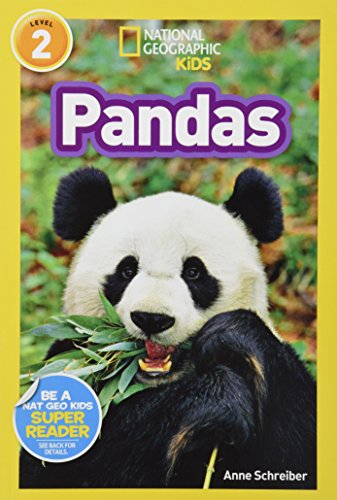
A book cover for National Geographic Readers: Pandas; Anne Schreiber; Science & Math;